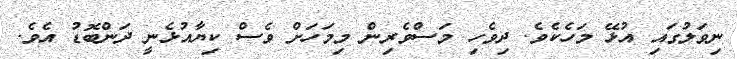
ނިވަލުގައި އުޅޭ މަހެކެވެ. ދިވެހި މަސްވެރިން މިމަހަށް ވެސް ކިޔާއުޅެނީ ދަންބޮޑު އެވެ.